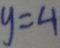
y = 4